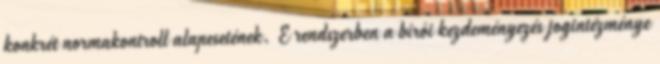
konkrét normakontroll alapesetének. E rendszerben a bírói kezdeményezés jogintézménye